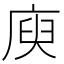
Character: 庾